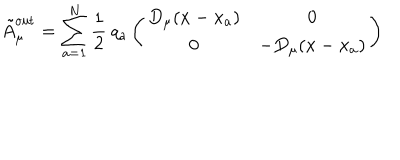
\tilde { A } _ { \mu } ^ { \mathrm { o u t } } = \sum _ { a = 1 } ^ { N } { \frac { 1 } { 2 } } \: q _ { a } \left( \begin{matrix} { { D _ { \mu } ( x - x _ { a } ) } } & { { 0 } } \\ { { 0 } } & { { - D _ { \mu } ( x - x _ { a } ) } } \\ \end{matrix} \right)